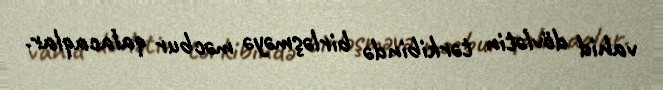
vahid dövlətin tərkibində birləşməyə məcbur qalacaqlar.